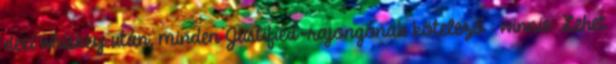
deci whiskey után, minden Justified-rajongónak kötelező : winnie: Lehet